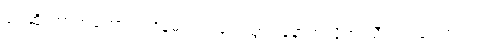
ရုပ်ဆိုးတာကတော့ လင်နဲ့မယား ရှေ့သွား နောက်လိုက် ညီကြပါပေတယ်။